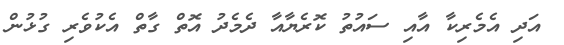
އަދި އެމެރިކާ އާއި ސައުތު ކޮރެޔާއާ ދެމެދު އޮތް ގާތް އެކުވެރި ގުޅުން